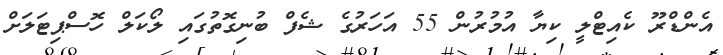
އެންޑްރޫ ކެއިޓްލީ ކިޔާ އުމުރުން 55 އަހަރުގެ ޝެފް ބުނިގޮތުގައި ލޯކަލް ހޮސްޕިޓަލަށް